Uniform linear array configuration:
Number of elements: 48
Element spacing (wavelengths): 1
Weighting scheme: binomial
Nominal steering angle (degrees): -30
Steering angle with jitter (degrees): -31.368
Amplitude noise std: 0.05
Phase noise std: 0.05

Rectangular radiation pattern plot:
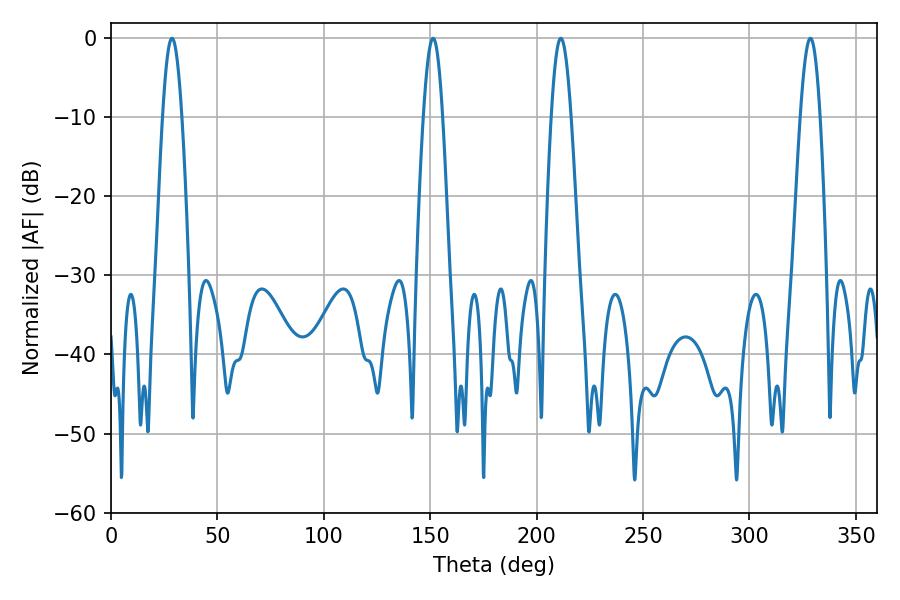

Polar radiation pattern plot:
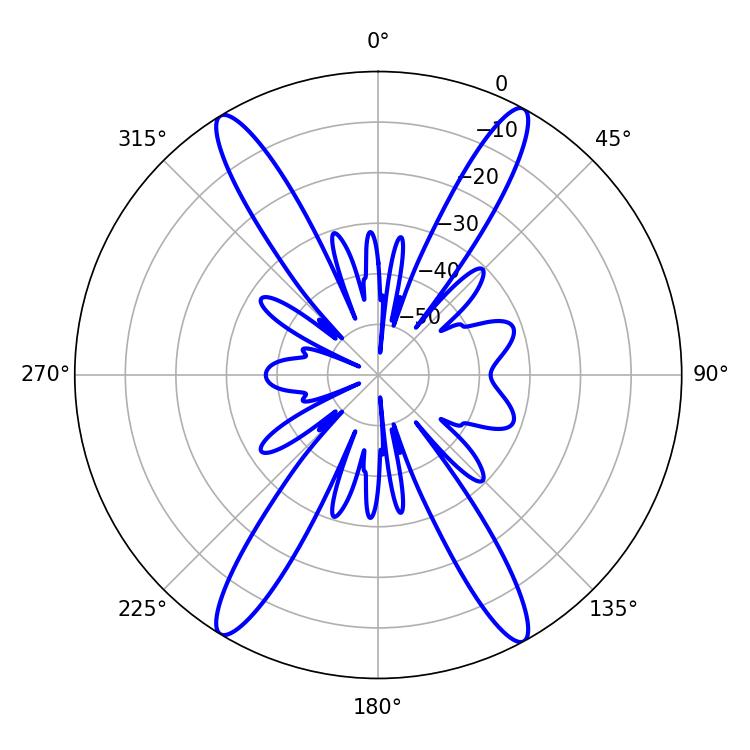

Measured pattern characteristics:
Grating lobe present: TRUE
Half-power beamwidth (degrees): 4.86
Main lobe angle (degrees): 211.32